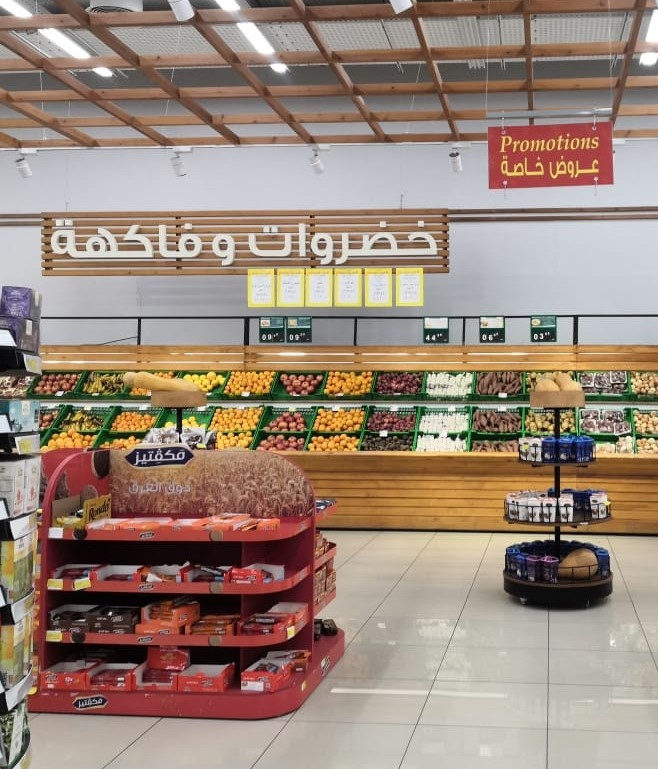
Text in image: خاصة عروض وفاكهة خضراوات مكفتيز Promotions